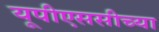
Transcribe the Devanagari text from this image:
यूपीएससीच्या